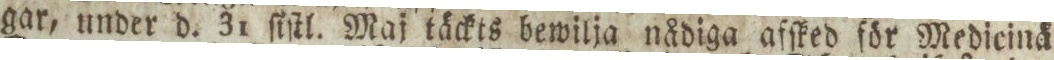
gar, under d. 31 ſiſtl. Maj täckts bewilja nådiga afſked för Medicinä